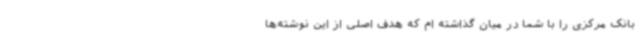
بانک مرکزی را با شما در میان گذاشته ام که هدف اصلی از این نوشته‌ها